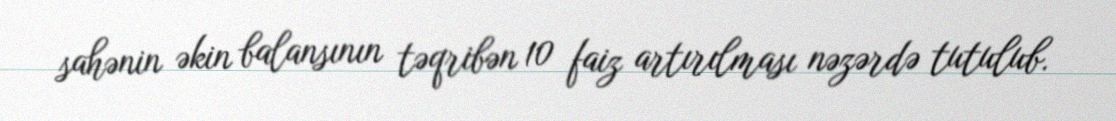
sahənin əkin balansının təqribən 10 faiz artırılması nəzərdə tutulub.